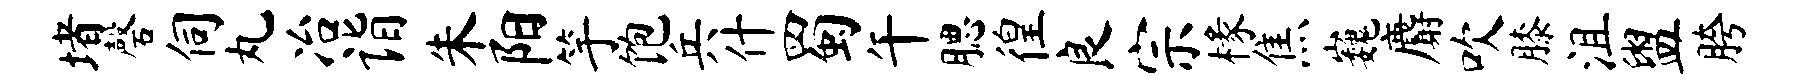
堵磬伺丸冶诣朱阳竽饱兵什蜀午腮徨良宗椽焦巍麝吹膝沮盥胯